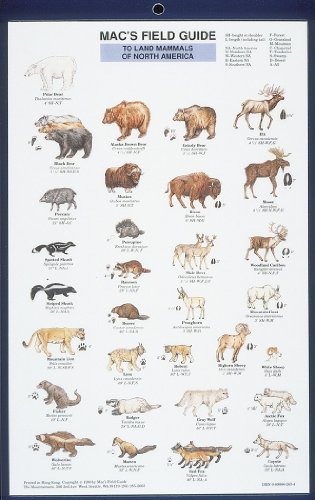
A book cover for Mac's Field Guide to Land Mammals of North America (Laminated Card); Craig MacGowan; Sports & Outdoors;